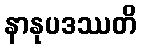
နာနုပဒဿတိ